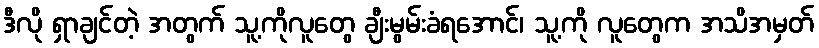
ဒီလို ရှာချင်တဲ့ အတွက် သူ့ကိုလူတွေ ချီးမွမ်းခံရအောင်၊ သူ့ကို လူတွေက အသိအမှတ်